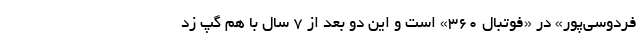
فردوسی‌پور» در «فوتبال 360» است و این دو بعد از 7 سال با هم گپ زد